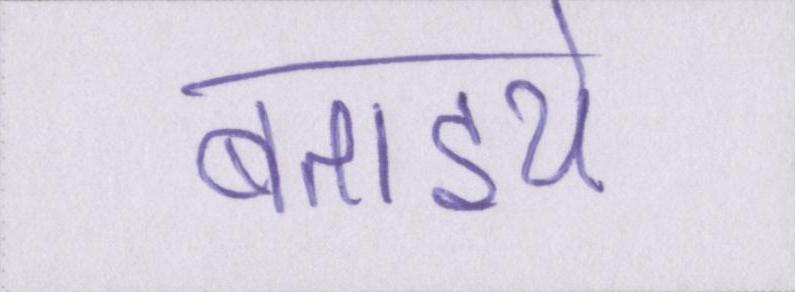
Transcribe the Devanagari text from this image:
बताइये